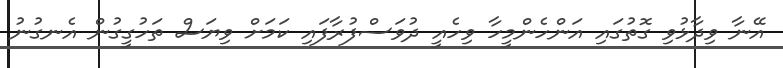
އޭނާ ވިދާޅުވި ގޮތުގައި އަންހެންމީހާ ވިހެއީ ދުވަސްފުރާފައި ކަމަށް ވިޔަސް ތަހުގީގުން އެނގުނު